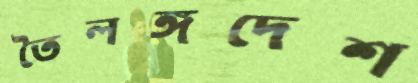
তৈলঙ্গদেশ